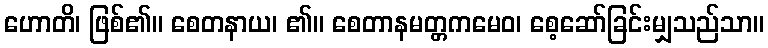
ဟောတိ၊ ဖြစ်၏။ စေတနာယ၊ ၏။ စေတာနမတ္တကမေဝ၊ စေ့ဆော်ခြင်းမျှသည်သာ။